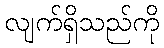
လျက်ရှိသည်ကို